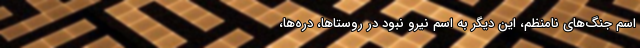
اسم جنگ‌های نامنظم، این دیگر به اسم نیرو نبود در روستاها، دره‌ها،